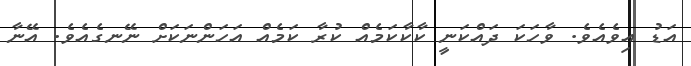
އަޑު އިވެއެވެ. ވާހަކަ ދައްކަނީ ކާކާކަމެއް ކުރާ ކަމެއް އަހަންނަކަށް ނޭނގެއެވެ. އޭނާ